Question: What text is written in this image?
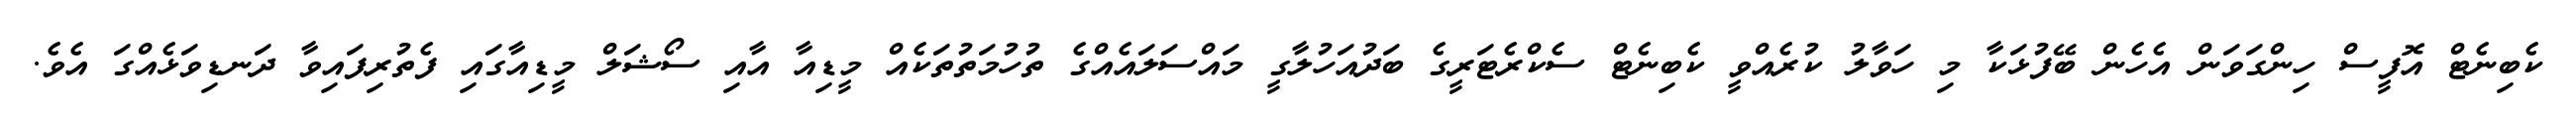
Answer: ކެބިނެޓް އޮފީސް ހިންގަވަން އެހެން ބޭފުޅަކާ މި ހަވާލު ކުރެއްވީ ކެބިނެޓް ސެކްރެޓަރީގެ ބަދުއަހުލާގީ މައްސަލައެއްގެ ތުހުމަތުތަކެއް މީޑިއާ އާއި ސޯޝަލް މީޑިއާގައި ފެތުރިފައިވާ ދަނޑިވަޅެއްގަ އެވެ.